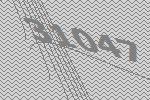
31047